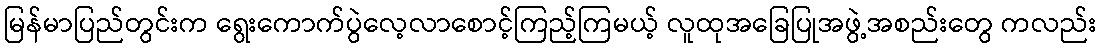
မြန်မာပြည်တွင်းက ရွေးကောက်ပွဲလေ့လာစောင့်ကြည့်ကြမယ့် လူထုအခြေပြုအဖွဲ့အစည်းတွေ ကလည်း